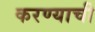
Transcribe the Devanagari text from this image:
करण्याची